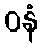
ဝနံ